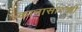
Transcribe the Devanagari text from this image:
कानासारखी